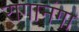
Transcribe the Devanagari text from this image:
रागानंगा